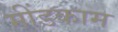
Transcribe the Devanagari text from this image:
मींडकाम